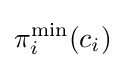
\pi _{i}^{\text{min}}(c_{i})